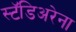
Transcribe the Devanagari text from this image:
स्टॅडिअरेना